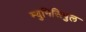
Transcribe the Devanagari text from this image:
म्युनिसिपुल